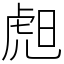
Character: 䖑